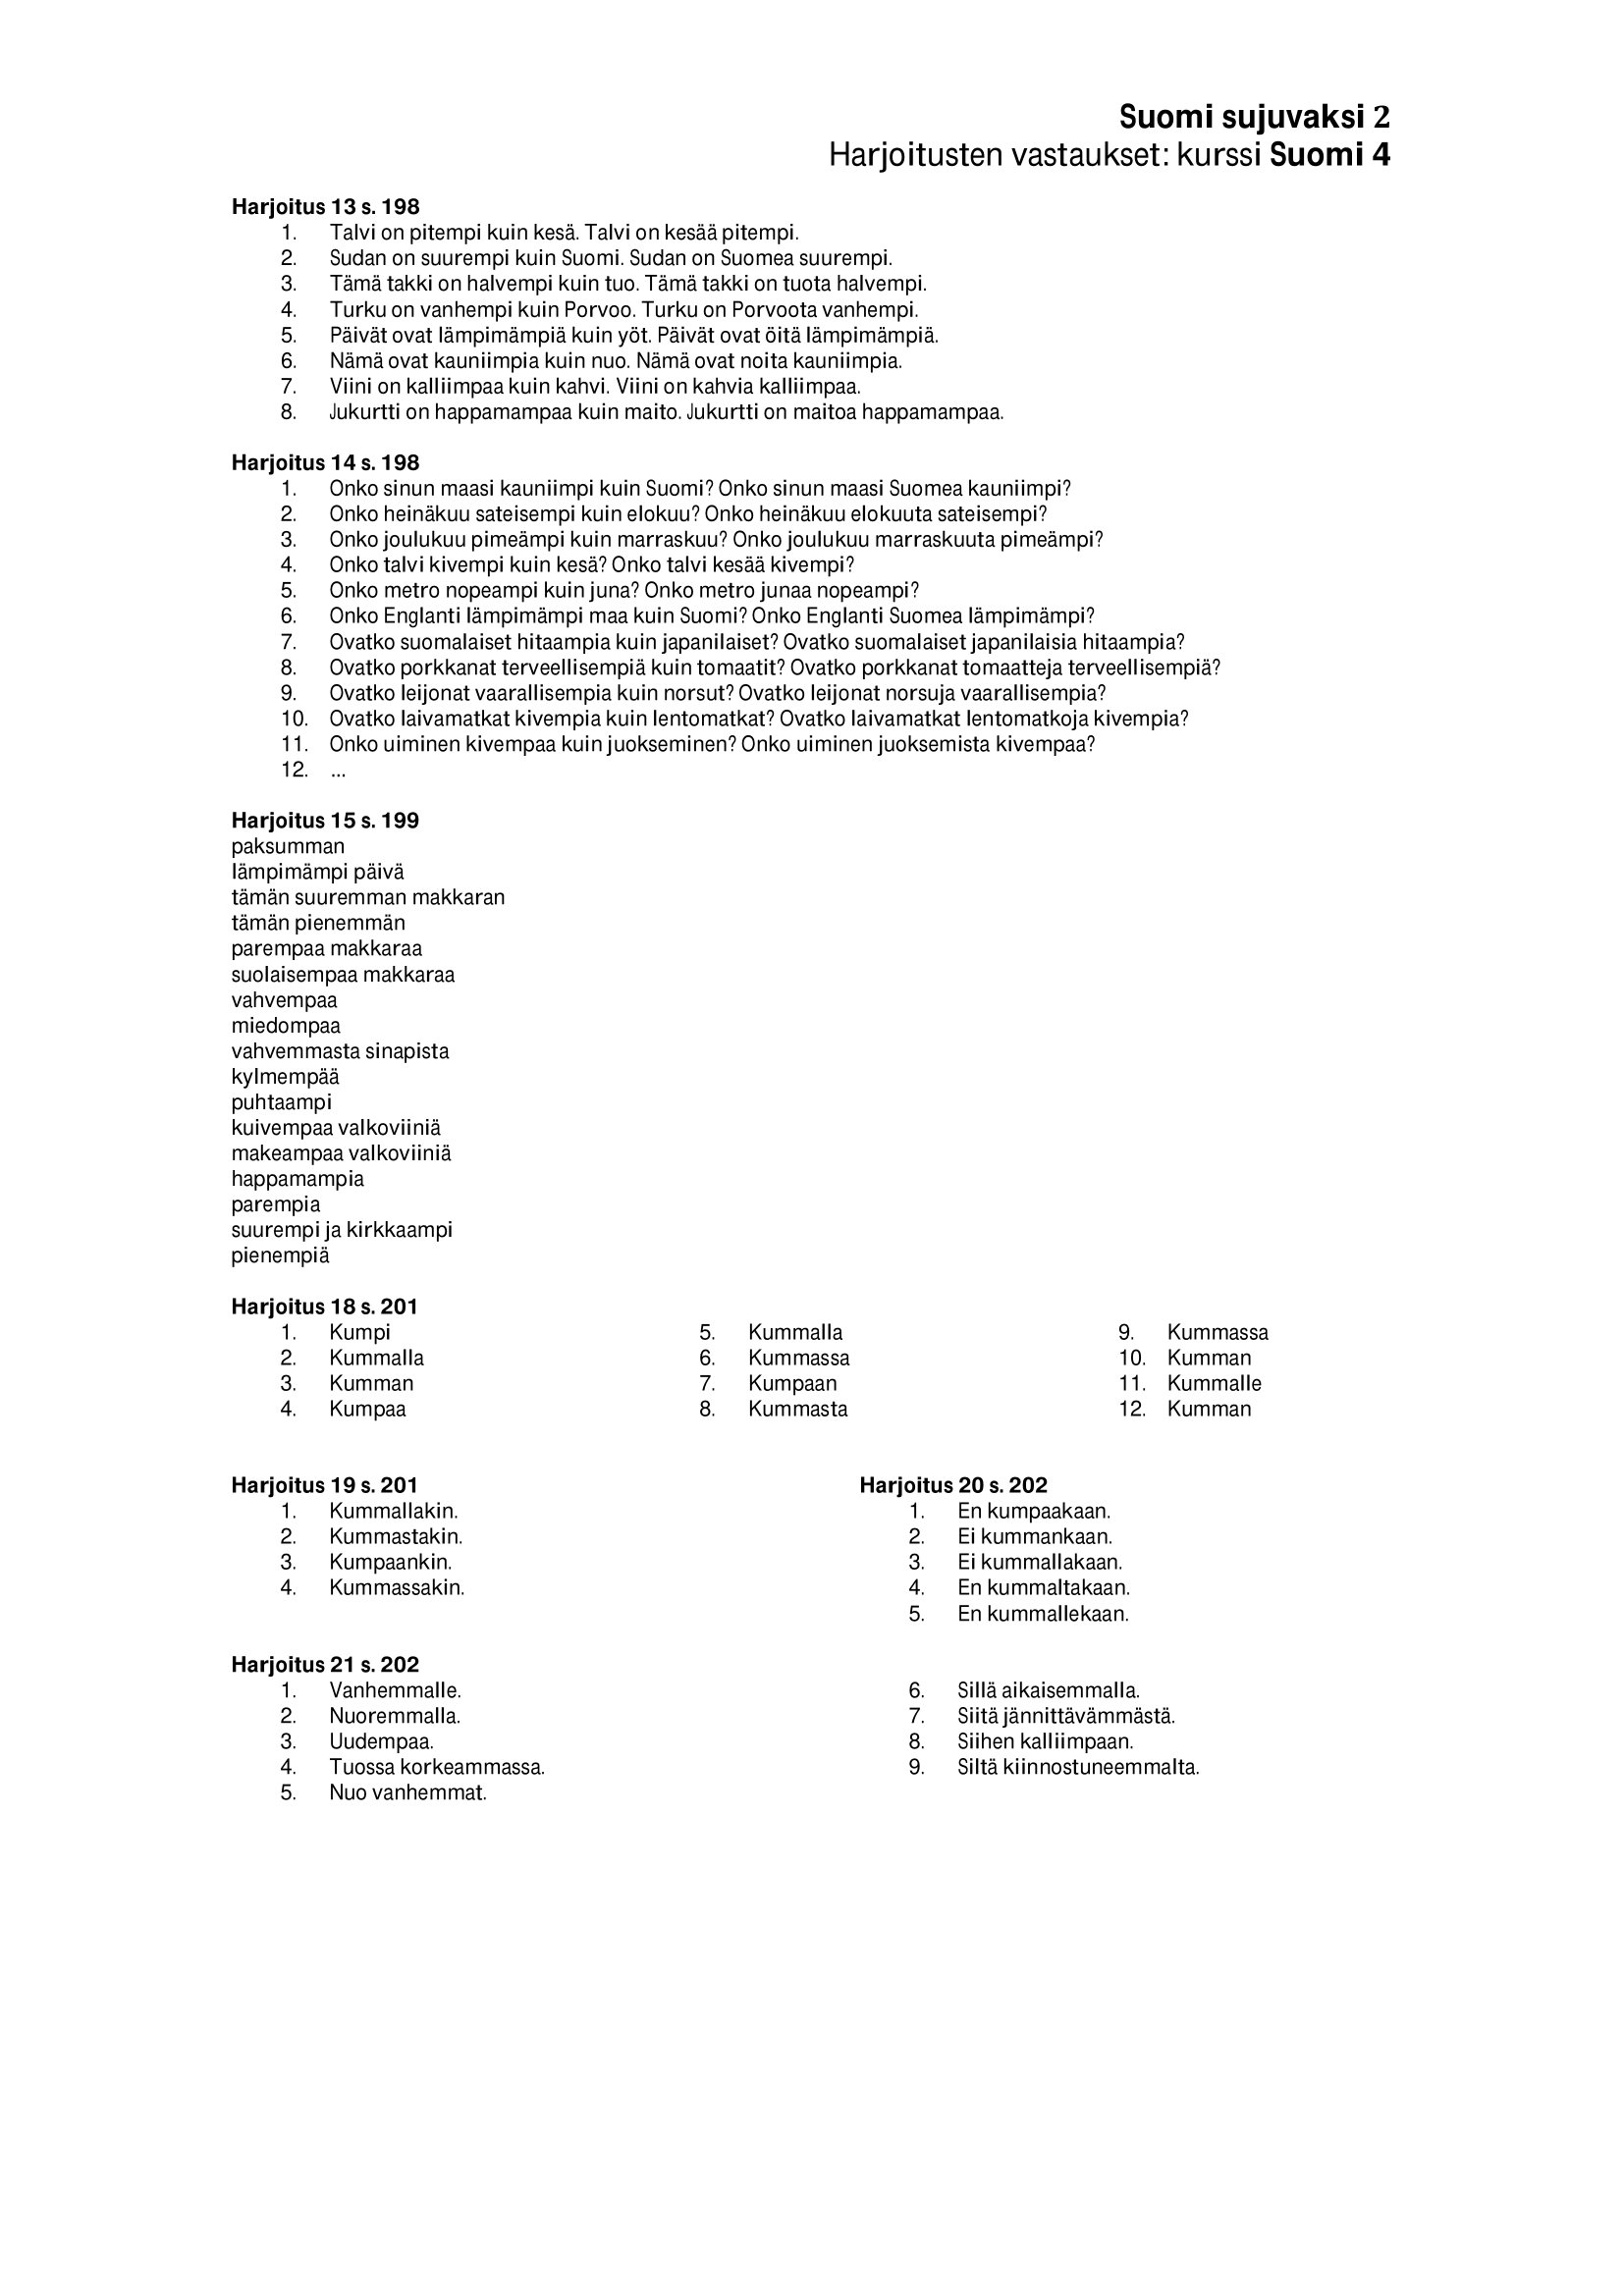
Language: fn